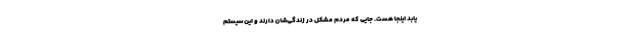
یابد اینجا هست. جایی که مردم مشکل در زندگی‌شان دارند و این سیستم